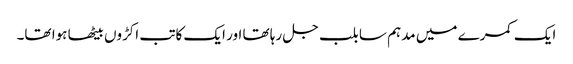
ایک کمرے میں مدہم سا بلب جل رہا تھا اور ایک کاتب اکڑوں بیٹھا ہوا تھا۔